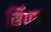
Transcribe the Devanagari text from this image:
सिंपाक